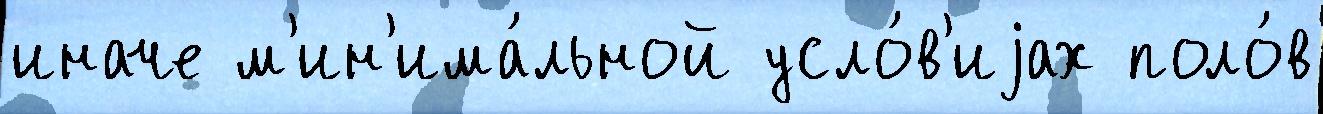
иначе м'ин'има́льной усло́в'иjах поло́в